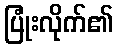
ပြုံးလိုက်၏